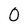
Character: 0